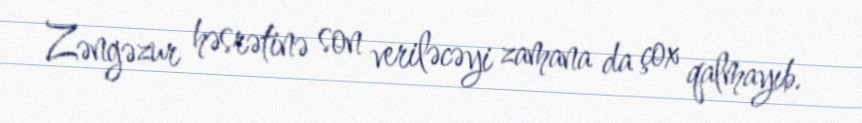
Zəngəzur həsrətinə son veriləcəyi zamana da çox qalmayıb.